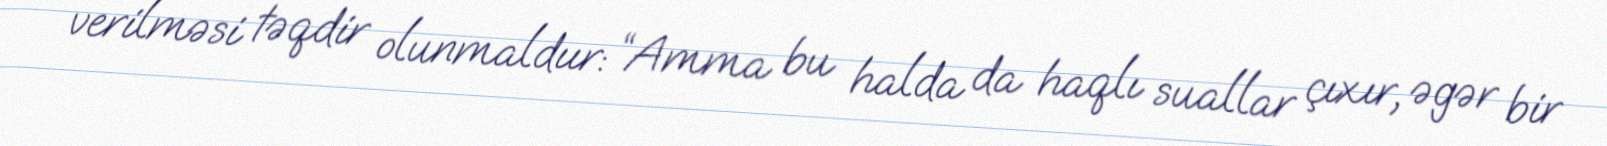
verilməsi təqdir olunmaldıır: “Amma bu halda da haqlı suallar çıxır, əgər bir